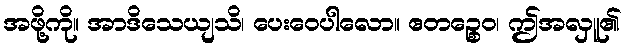
အဖို့ကို။ အာဒိသေယျသိ၊ ပေးဝေပါလော။ ဧတဉ္စေဝ၊ ဤအလှူ၏